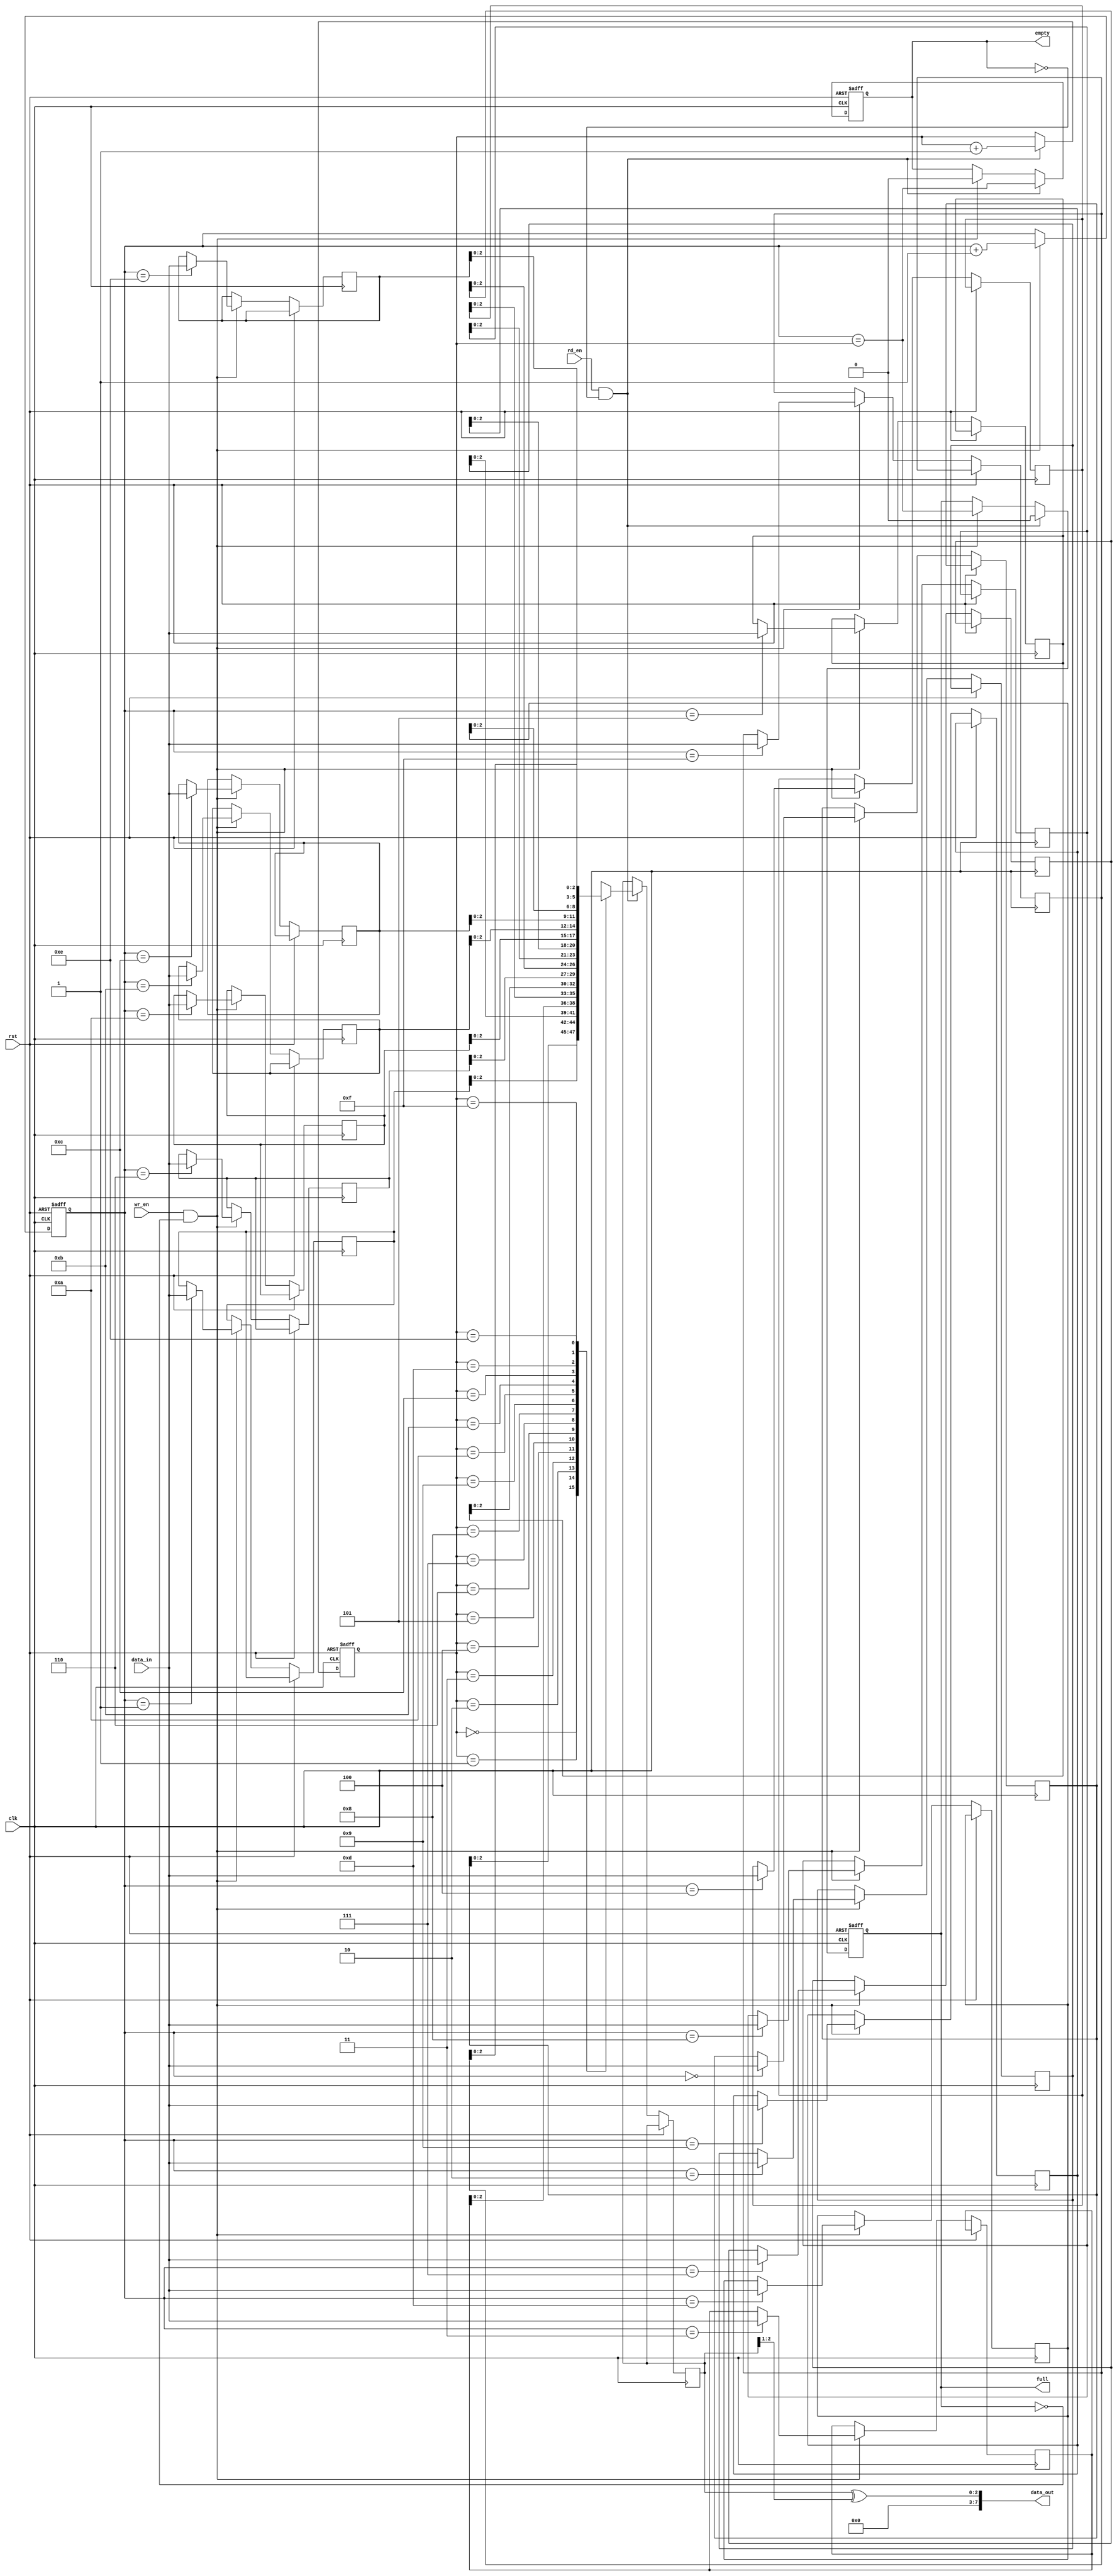
module gray_fifo (
    input wire clk,             // Clock input
    input wire rst,             // Reset input
    input wire wr_en,           // Write enable input
    input wire rd_en,           // Read enable input
    input wire [7:0] data_in,   // Input data
    output wire [7:0] data_out,  // Output data
    output wire full,           // Full flag output
    output wire empty           // Empty flag output
);

// Define parameters
parameter DEPTH = 16;          // Depth of the FIFO
parameter WIDTH = 8;           // Width of data elements

// Declare signals
reg [7:0] memory [DEPTH-1:0];  // Memory block for storing data elements
reg [3:0] read_ptr, write_ptr; // Read and write pointers
reg full, empty;               // Full and empty flags
reg [2:0] gray_in, gray_out;   // Gray code inputs/outputs

// Gray code encoder and decoder
assign gray_in = ^data_in ^ (data_in >> 1);
assign data_out = gray_out ^ (gray_out >> 1);

// Sequential logic for FIFO operation
always @(posedge clk or posedge rst) begin
    if (rst) begin
        read_ptr <= 0;
        write_ptr <= 0;
        full <= 0;
        empty <= 1;
    end else begin
        if (wr_en && ~full) begin
            memory[write_ptr] <= data_in;
            write_ptr <= write_ptr + 1;
            full <= (write_ptr == read_ptr);
            empty <= 0;
        end
        if (rd_en && ~empty) begin
            gray_out <= memory[read_ptr];
            read_ptr <= read_ptr + 1;
            full <= 0;
            empty <= (write_ptr == read_ptr);
        end
    end
end

endmodule